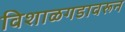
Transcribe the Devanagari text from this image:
विशाळगडावरून